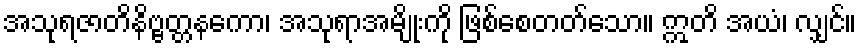
အသုရဇာတိနိဗ္ဗတ္တနကော၊ အသုရာအမျိုးကို ဖြစ်စေတတ်သော။ ဣတိ အယံ၊ လျှင်။